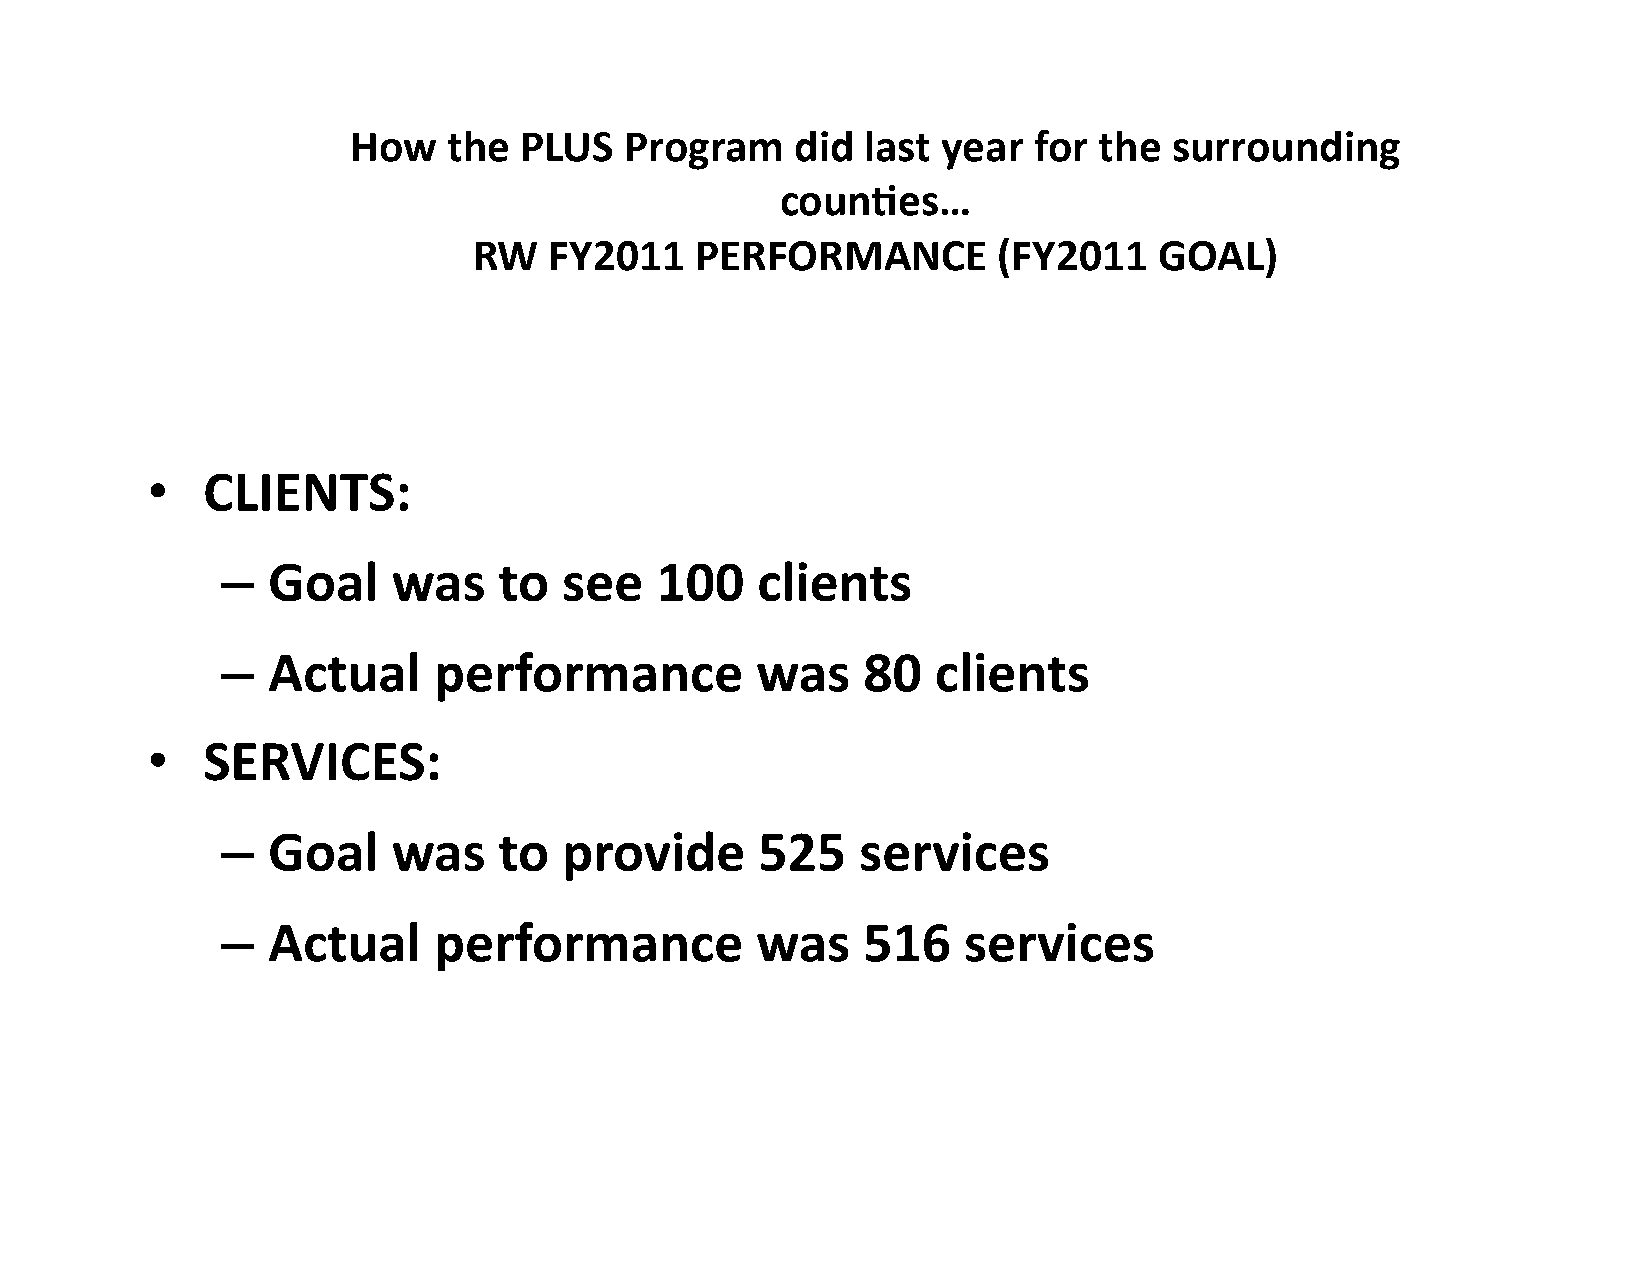
How    the PLUS   Program     did last year  for  the  surrounding
 counUes…
 RW   FY2011    PERFORMANCE         (FY2011    GOAL)
 •  CLIENTS:
 –  Goal    was    to  see   100    clients
 –  Actual     performance          was    80   clients
 •  SERVICES:
 –  Goal    was    to  provide      525    services
 –  Actual     performance          was    516    services